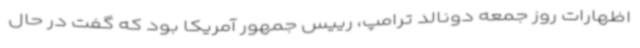
اظهارات روز جمعه دونالد ترامپ، رییس جمهور آمریکا بود که گفت در حال